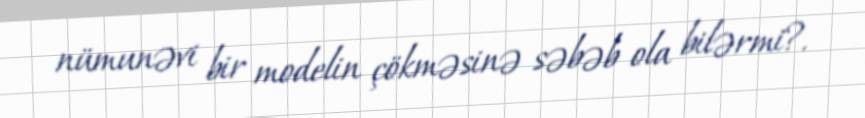
nümunəvi bir modelin çökməsinə səbəb ola bilərmi?.